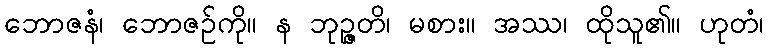
ဘောဇနံ၊ ဘောဇဉ်ကို။ န ဘုဉ္ဇတိ၊ မစား။ အဿ၊ ထိုသူ၏။ ဟုတံ၊